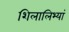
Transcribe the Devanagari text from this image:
शिलालिभ्यां